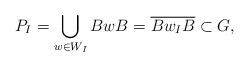
LaTeX: \begin{align*}P_I = \bigcup_{w \in W_I} BwB = \overline{B w_I B} \subset G,\end{align*}